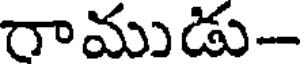
రాముడు-